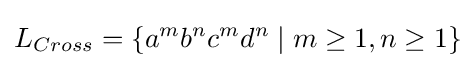
L_{Cross}=\{a^{m}b^{n}c^{m}d^{n}\mid m\geq 1,n\geq 1\}